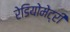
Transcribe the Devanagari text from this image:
रेडियोमेट्री